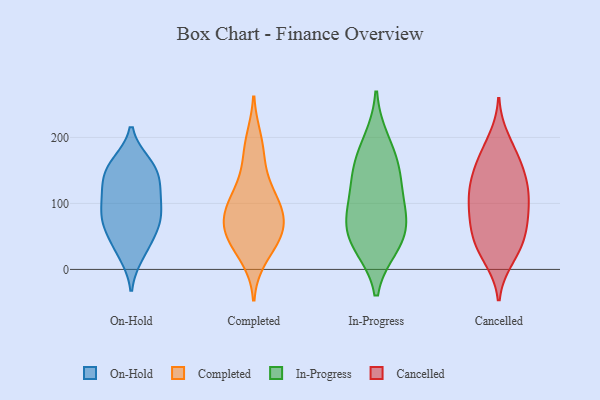
{"axis": {"x": "Demand Index", "y": "Value"}, "legend": ["Cancelled", "Completed", "In-Progress", "On-Hold"], "data": [{"x": "", "y": 132, "type": "On-Hold"}, {"x": "", "y": 63, "type": "On-Hold"}, {"x": "", "y": 79, "type": "On-Hold"}, {"x": "", "y": 96, "type": "On-Hold"}, {"x": "", "y": 155, "type": "On-Hold"}, {"x": "", "y": 113, "type": "On-Hold"}, {"x": "", "y": 22, "type": "On-Hold"}, {"x": "", "y": 161, "type": "On-Hold"}, {"x": "", "y": 85, "type": "On-Hold"}, {"x": "", "y": 66, "type": "On-Hold"}, {"x": "", "y": 78, "type": "On-Hold"}, {"x": "", "y": 120, "type": "On-Hold"}, {"x": "", "y": 28, "type": "On-Hold"}, {"x": "", "y": 153, "type": "On-Hold"}, {"x": "", "y": 47, "type": "On-Hold"}, {"x": "", "y": 124, "type": "On-Hold"}, {"x": "", "y": 158, "type": "On-Hold"}, {"x": "", "y": 45, "type": "Completed"}, {"x": "", "y": 82, "type": "Completed"}, {"x": "", "y": 18, "type": "Completed"}, {"x": "", "y": 96, "type": "Completed"}, {"x": "", "y": 170, "type": "Completed"}, {"x": "", "y": 110, "type": "Completed"}, {"x": "", "y": 48, "type": "Completed"}, {"x": "", "y": 197, "type": "Completed"}, {"x": "", "y": 65, "type": "Completed"}, {"x": "", "y": 86, "type": "Completed"}, {"x": "", "y": 129, "type": "Completed"}, {"x": "", "y": 55, "type": "Completed"}, {"x": "", "y": 56, "type": "In-Progress"}, {"x": "", "y": 70, "type": "In-Progress"}, {"x": "", "y": 36, "type": "In-Progress"}, {"x": "", "y": 98, "type": "In-Progress"}, {"x": "", "y": 35, "type": "In-Progress"}, {"x": "", "y": 195, "type": "In-Progress"}, {"x": "", "y": 87, "type": "In-Progress"}, {"x": "", "y": 166, "type": "In-Progress"}, {"x": "", "y": 142, "type": "In-Progress"}, {"x": "", "y": 139, "type": "In-Progress"}, {"x": "", "y": 197, "type": "Cancelled"}, {"x": "", "y": 90, "type": "Cancelled"}, {"x": "", "y": 38, "type": "Cancelled"}, {"x": "", "y": 66, "type": "Cancelled"}, {"x": "", "y": 117, "type": "Cancelled"}, {"x": "", "y": 45, "type": "Cancelled"}, {"x": "", "y": 42, "type": "Cancelled"}, {"x": "", "y": 71, "type": "Cancelled"}, {"x": "", "y": 159, "type": "Cancelled"}, {"x": "", "y": 148, "type": "Cancelled"}, {"x": "", "y": 133, "type": "Cancelled"}, {"x": "", "y": 126, "type": "Cancelled"}, {"x": "", "y": 166, "type": "Cancelled"}, {"x": "", "y": 92, "type": "Cancelled"}, {"x": "", "y": 121, "type": "Cancelled"}, {"x": "", "y": 74, "type": "Cancelled"}, {"x": "", "y": 181, "type": "Cancelled"}, {"x": "", "y": 16, "type": "Cancelled"}, {"x": "", "y": 108, "type": "Cancelled"}, {"x": "", "y": 20, "type": "Cancelled"}]}